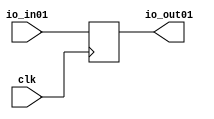
module Mod1(input clk,
    input  io_in01,
    output io_out01
);

  reg  registro00;

`ifndef SYNTHESIS
  integer initvar;
  initial begin
    #0.002;
    registro00 = {1{$random}};
  end
`endif

  assign io_out01 = registro00;

  always @(posedge clk) begin
    registro00 <= io_in01;
  end
endmodule